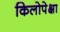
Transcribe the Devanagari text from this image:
किलोपेक्षा